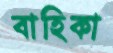
বাহিকা